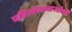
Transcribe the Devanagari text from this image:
परियोजनाओंऔ